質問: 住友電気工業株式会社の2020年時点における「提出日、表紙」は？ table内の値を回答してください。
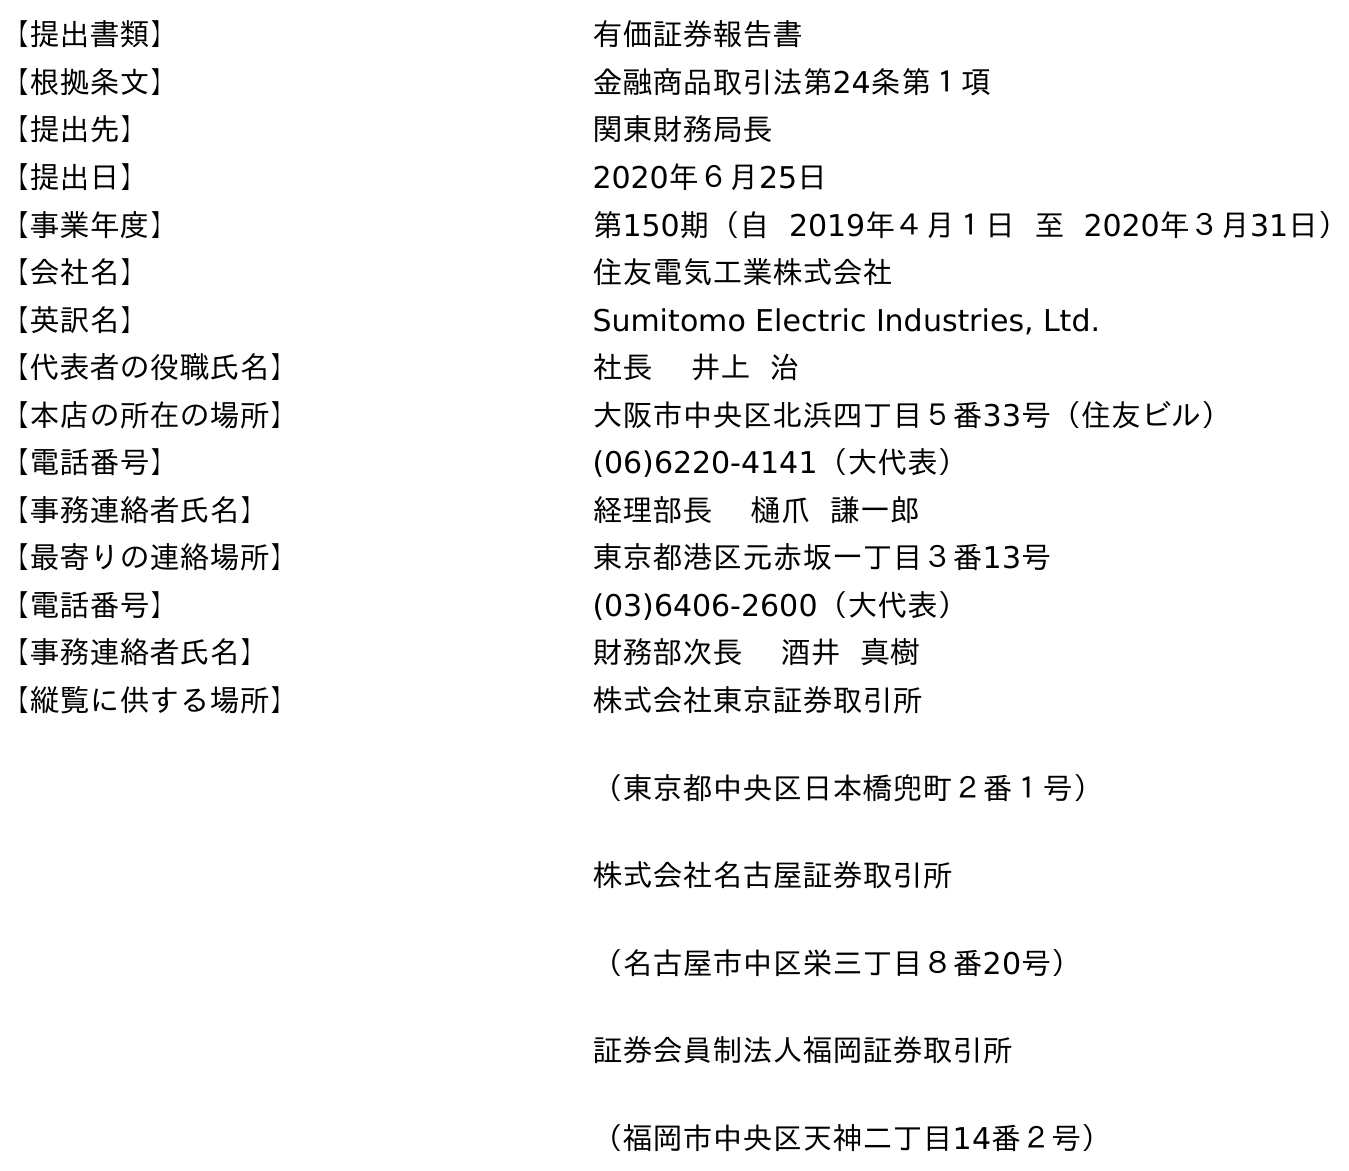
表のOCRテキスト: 【提出書類】 有価証券報告書 【根拠条文】 金融商品取引法第24条第１項 【提出先】 関東財務局長 【提出日】 2020年６月25日 【事業年度】 第150期（自 2019年４月１日 至 2020年３月31日） 【会社名】 住友電気工業株式会社 【英訳名】 Sumitomo Electric Industries, Ltd. 【代表者の役職氏名】 社長 井上 治 【本店の所在の場所】 大阪市中央区北浜四丁目５番33号（住友ビル） 【電話番号】 (06)6220-4141（大代表） 【事務連絡者氏名】 経理部長 樋爪 謙一郎 【最寄りの連絡場所】 東京都港区元赤坂一丁目３番13号 【電話番号】 (03)6406-2600（大代表） 【事務連絡者氏名】 財務部次長 酒井 真樹 【縦覧に供する場所】 株式会社東京証券取引所 （東京都中央区日本橋兜町２番１号） 株式会社名古屋証券取引所 （名古屋市中区栄三丁目８番20号） 証券会員制法人福岡証券取引所 （福岡市中央区天神二丁目14番２号）
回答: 2020年６月25日